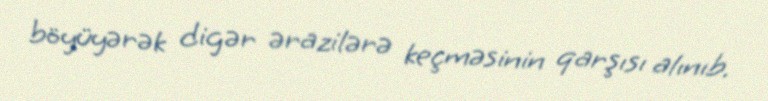
böyüyərək digər ərazilərə keçməsinin qarşısı alınıb.